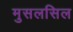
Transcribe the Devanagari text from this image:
मुसलसिल